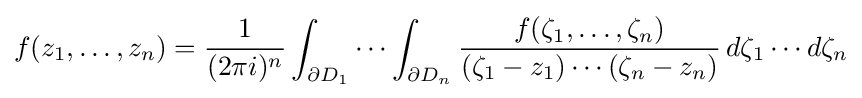
f(z_{1},\dots ,z_{n})={\frac {1}{(2\pi i)^{n}}}\int _{\partial D_{1}}\cdots \int _{\partial D_{n}}{\frac {f(\zeta _{1},\dots ,\zeta _{n})}{(\zeta _{1}-z_{1})\cdots (\zeta _{n}-z_{n})}}\,d\zeta _{1}\cdots d\zeta _{n}